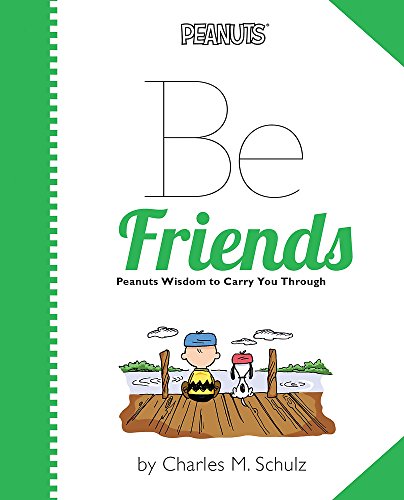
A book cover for Peanuts: Be Friends (Peanuts (Running Press)); Charles M. Schulz; Children's Books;